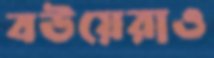
বউয়েরাও